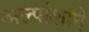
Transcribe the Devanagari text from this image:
अल्पांशाने